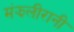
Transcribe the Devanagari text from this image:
मंझलीरानी